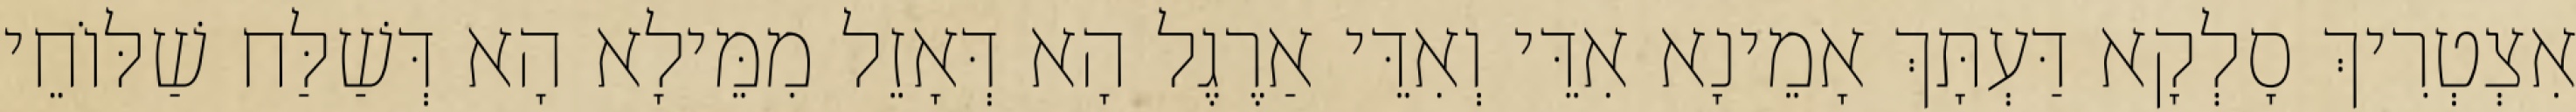
אִצְטְרִיךְ סָלְקָא דַּעְתָּךְ אָמֵינָא אִדֵּי וְאִדֵּי אַרֶגֶל הָא דְּאָזֵל מִמֵּילָא הָא דְּשַׁלַּח שַׁלּוֹחֵי